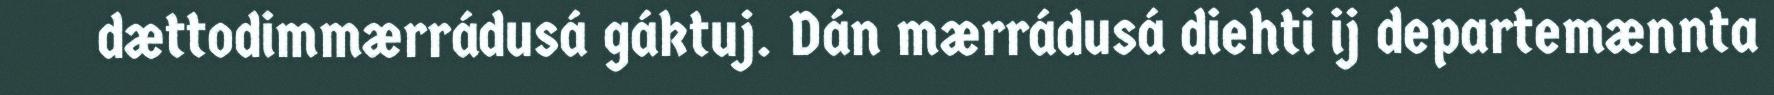
dættodimmærrádusá gáktuj. Dán mærrádusá diehti ij departemænnta